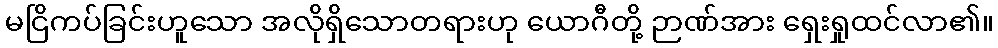
မငြိကပ်ခြင်းဟူသော အလိုရှိသောတရားဟု ယောဂီတို့ ဉာဏ်အား ရှေးရှုထင်လာ၏။